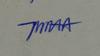
Signature authenticity: genuine